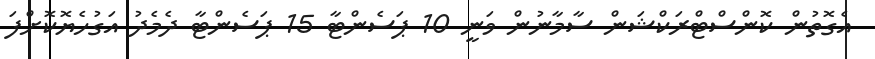
އެގޮތުން ކޮންސްޓްރަކްޝަން ސާމާނުން ވަނީ 10 ޕަސެންޓާ 15 ޕަސެންޓާ ދެމެދު އަގުހެޔޮކޮށްފަ